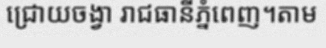
ជ្រោយចង្វា រាជធានីភ្នំពេញ។តាម